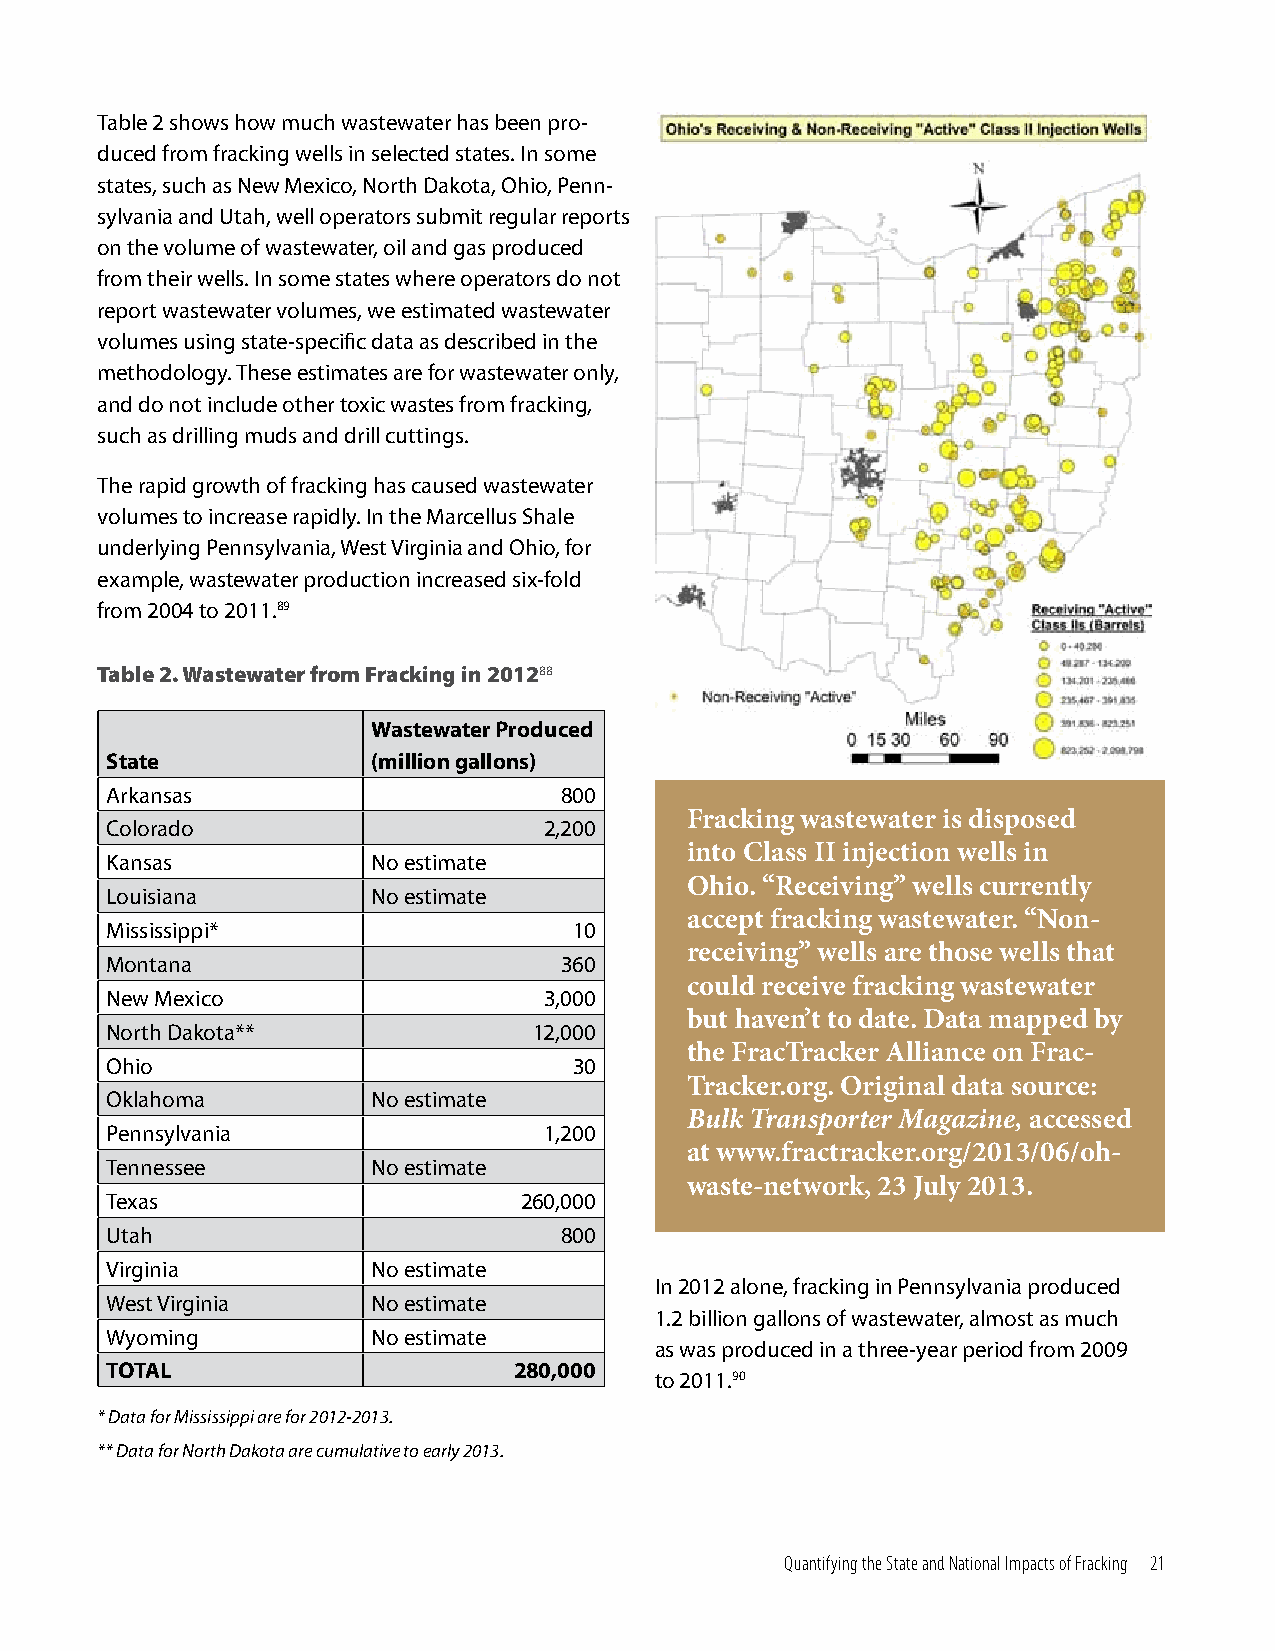
Table 2 shows how much wastewater has been pro-
 duced from fracking wells in selected states. In some
 states, such as New Mexico, North Dakota, Ohio, Penn-
 sylvania and Utah, well operators submit regular reports
 on the volume of wastewater, oil and gas produced
 from their wells. In some states where operators do not
 report wastewater volumes, we estimated wastewater
 volumes using state-specific data as described in the
 methodology. These estimates are for wastewater only,
 and do not include other toxic wastes from fracking,
 such as drilling muds and drill cuttings.
 The rapid growth of fracking has caused wastewater
 volumes to increase rapidly. In the Marcellus Shale
 underlying Pennsylvania, West Virginia and Ohio, for
 example, wastewater production increased six-fold
 from 2004 to 2011.89
 Table 2. Wastewater from Fracking in 201288
 Wastewater Produced
 State             (million gallons)
 Arkansas                      800
 Fracking wastewater is disposed
 Colorado                     2,200
 into Class II injection wells in
 Kansas            No estimate
 Ohio. “Receiving” wells currently
 Louisiana         No estimate
 accept fracking wastewater. “Non-
 Mississippi*                   10
 receiving” wells are those wells that
 Montana                       360
 could receive fracking wastewater
 New Mexico                   3,000
 but haven’t to date. Data mapped by
 North Dakota**              12,000
 the FracTracker Alliance on Frac-
 Ohio                           30
 Tracker.org. Original data source:
 Oklahoma          No estimate
 Bulk Transporter Magazine, accessed
 Pennsylvania                 1,200
 at www.fractracker.org/2013/06/oh-
 Tennessee         No estimate
 waste-network, 23 July 2013.
 Texas                      260,000
 Utah                          800
 Virginia          No estimate
 In 2012 alone, fracking in Pennsylvania produced
 West Virginia     No estimate
 1.2 billion gallons of wastewater, almost as much
 Wyoming           No estimate
 as was produced in a three-year period from 2009
 TOTAL                      280,000
 to 2011.90
 * Data for Mississippi are for 2012-2013.
 ** Data for North Dakota are cumulative to early 2013.
 Quantifying the State and National Impacts of Fracking 21